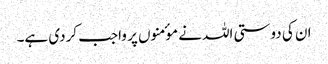
ان کی دوستی اللہ نے موٴمنوں پر واجب کردی ہے۔